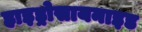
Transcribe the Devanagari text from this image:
हाइड्रोसायनाइड